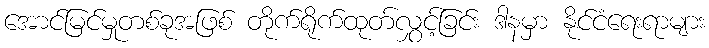
အောင်မြင်မှုတစ်ခုအဖြစ် တိုက်ရိုက်ထုတ်လွှင့်ခြင်း ဒါနမှာ နိုင်ငံရေးရာများ